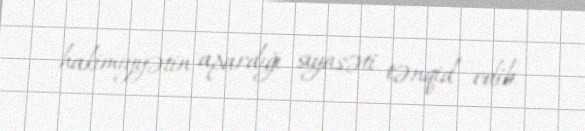
hakimiyyətin apardığı siyasəti tənqid edib.